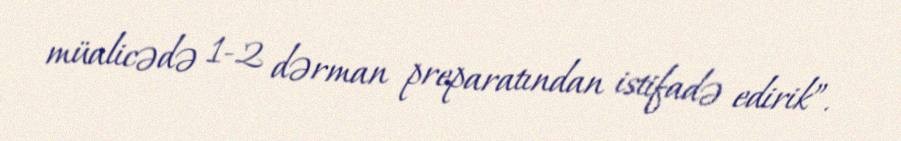
müalicədə 1-2 dərman preparatından istifadə edirik”.